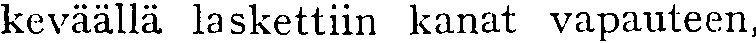
keväällä laskettiin kanat vapauteen,